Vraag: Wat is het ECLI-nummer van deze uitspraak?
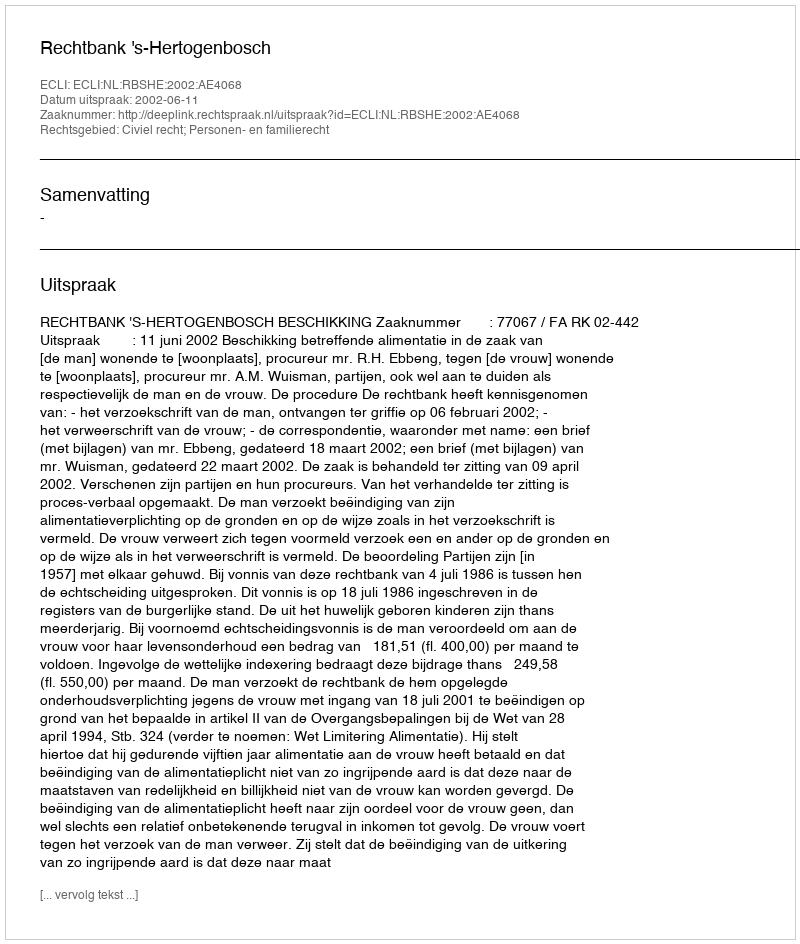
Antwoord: ECLI:NL:RBSHE:2002:AE4068